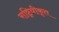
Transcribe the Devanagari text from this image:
राष्ट्रियीकृत